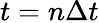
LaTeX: t=n\Delta t